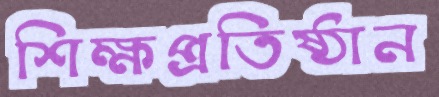
শিক্ষপ্রতিষ্ঠান